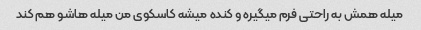
میله همش به راحتی فرم میگیره و کنده میشه کاسکوی من میله هاشو هم کند